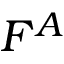
F ^ { A }